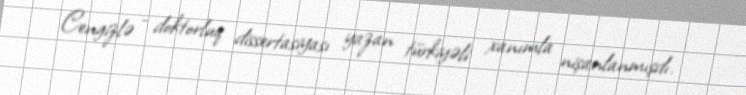
Cengizlə - doktorluq dissertasiyası yazan türkiyəli xanımla nişanlanmışdı.